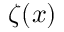
\zeta ( x )